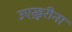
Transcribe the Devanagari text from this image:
उएख़ुरीना